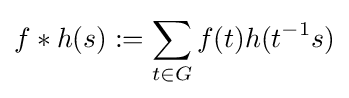
f*h(s):=\sum _{t\in G}f(t)h(t^{-1}s)